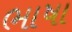
ભાષા